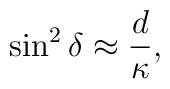
\sin^{2}{\delta}\approx \frac{d}{\kappa},